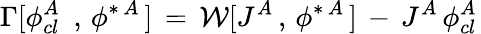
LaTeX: \Gamma[\phi_{cl\, \, }^{A}\, ,\, \phi^{\ast\, A}\, ]\, =\, {\cal W}[J^{A}\, ,\, \phi^{\ast\, A}\, ]\, -\, J^{A}\, \phi_{cl\, }^{A}